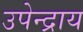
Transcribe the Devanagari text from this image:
उपेन्द्राय